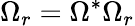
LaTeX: \Omega_{r}=\Omega^{*}\Omega_{r}